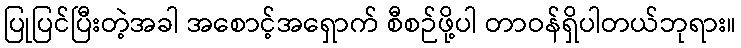
ပြုပြင်ပြီးတဲ့အခါ အစောင့်အရှောက် စီစဉ်ဖို့ပါ တာဝန်ရှိပါတယ်ဘုရား။